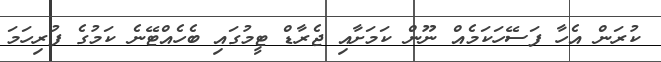
ކުރަން އެހާ ފަސޭހަކަމެއް ނޫން ކަމަށާއި ޖެރާޑް ޓީމުގައި ބެހެއްޓޭނެ ކަމުގެ ފުރިހަމަ